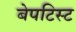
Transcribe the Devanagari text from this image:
बेपटिस्ट